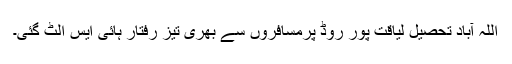
اللہ آباد تحصیل لیاقت پور روڈ پرمسافروں سے بھری تیز رفتار ہائی ایس الٹ گئی۔